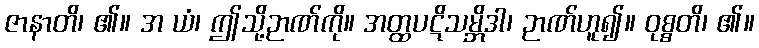
ဇာနာတိ၊ ၏။ အ ယံ၊ ဤသို့ဉာဏ်ကို။ အတ္ထပဋိသမ္ဘိဒါ၊ ဉာဏ်ဟူ၍။ ဝုစ္စတိ၊ ၏။